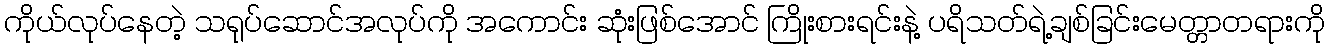
ကိုယ်လုပ်နေတဲ့ သရုပ်ဆောင်အလုပ်ကို အကောင်း ဆုံးဖြစ်အောင် ကြိုးစားရင်းနဲ့ ပရိသတ်ရဲ့ချစ်ခြင်းမေတ္တာတရားကို